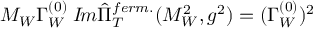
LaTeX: M _ { W } \Gamma _ { W } ^ { ( 0 ) } \; { \cal I } \! m \hat { \Pi } _ { T } ^ { f e r m . } ( M _ { W } ^ { 2 } , g ^ { 2 } ) = ( \Gamma _ { W } ^ { ( 0 ) } ) ^ { 2 }